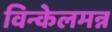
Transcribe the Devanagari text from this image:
विन्केलमन्न